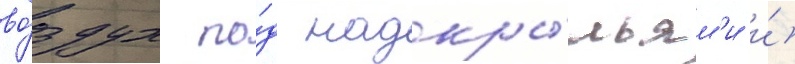
во́здух по́д надкры́льям'и и́